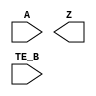
/**
 * Copyright 2020 The SkyWater PDK Authors
 *
 * Licensed under the Apache License, Version 2.0 (the "License");
 * you may not use this file except in compliance with the License.
 * You may obtain a copy of the License at
 *
 *     https://www.apache.org/licenses/LICENSE-2.0
 *
 * Unless required by applicable law or agreed to in writing, software
 * distributed under the License is distributed on an "AS IS" BASIS,
 * WITHOUT WARRANTIES OR CONDITIONS OF ANY KIND, either express or implied.
 * See the License for the specific language governing permissions and
 * limitations under the License.
 *
 * SPDX-License-Identifier: Apache-2.0
 */

`ifndef SKY130_FD_SC_LS__EINVN_SYMBOL_V
`define SKY130_FD_SC_LS__EINVN_SYMBOL_V

/**
 * einvn: Tri-state inverter, negative enable.
 *
 * Verilog stub (without power pins) for graphical symbol definition
 * generation.
 *
 * WARNING: This file is autogenerated, do not modify directly!
 */

`timescale 1ns / 1ps
`default_nettype none

(* blackbox *)
module sky130_fd_sc_ls__einvn (
    //# {{data|Data Signals}}
    input  A   ,
    output Z   ,

    //# {{control|Control Signals}}
    input  TE_B
);

    // Voltage supply signals
    supply1 VPWR;
    supply0 VGND;
    supply1 VPB ;
    supply0 VNB ;

endmodule

`default_nettype wire
`endif  // SKY130_FD_SC_LS__EINVN_SYMBOL_V